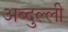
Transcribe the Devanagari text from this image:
अब्दुल्ली